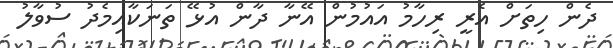
ދެން ހިތަށް އެރީ ރިހާމު އައުމުން އޭނާ ދާން އުޅޭ ތަނަކާއިމެދު ސުވާލު